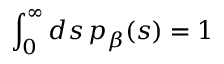
\int _ { 0 } ^ { \infty } d s \, p _ { \beta } ( s ) = 1